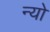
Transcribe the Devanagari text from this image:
न्यो